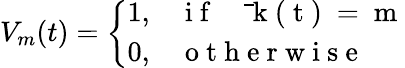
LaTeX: V_{m}(t)=\left\{ \begin{array}{ll}{1,}&{\mathrm{~i~f~~~~~\bar{~}k~(~t~)~=~m~}}\\ {0,}&{\mathrm{~o~t~h~e~r~w~i~s~e~}}\end{array}\right.